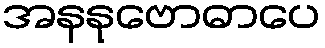
အနနုဗောဓာပေ